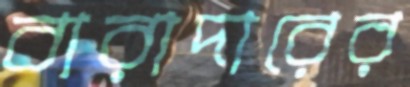
বারাদারের